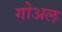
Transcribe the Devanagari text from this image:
गोअल